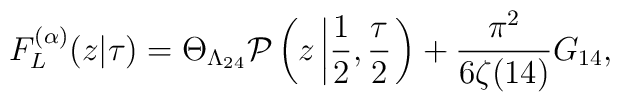
F_{L}^{(\alpha)}(z|\tau)=\Theta_{\Lambda_{24}}{\cal P}\left(z\left|\frac{1}{2},\frac{\tau}{2}\right.\right)+\frac{\pi^{2}}{6\zeta(14)}G_{14},